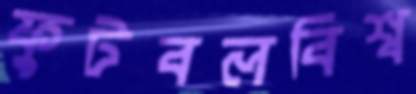
ফুটবলবিশ্ব